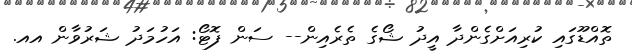
ތޮއްޑޫގައި ކުރިއަށްގެންދާ އީދު ޝޯގެ ތެރެއިން-- ސަން ފޮޓޯ: އަހުމަދު ޝަރުވާން އއ.